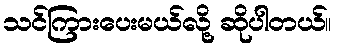
သင်ကြားပေးမယ်လို့ ဆိုပါတယ်။